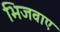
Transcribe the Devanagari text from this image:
भिजवाए